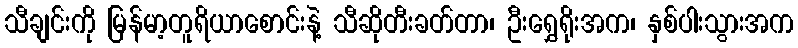
သီချင်းကို မြန်မာ့တူရိယာစောင်းနဲ့ သီဆိုတီးခတ်တာ၊ ဦးရွှေရိုးအက၊ နှစ်ပါးသွားအက